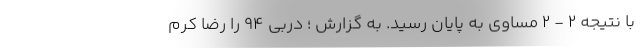
با نتیجه 2 - 2 مساوی به پایان رسید. به گزارش ؛ دربی 94 را رضا کرم